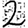
Digit: 2